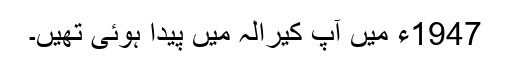
1947ء میں آپ کیرالہ میں پیدا ہوئی تھیں۔